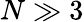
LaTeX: N\gg 3